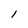
Character: l